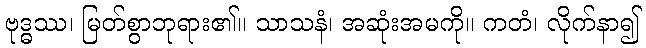
ဗုဒ္ဓဿ၊ မြတ်စွာဘုရား၏။ သာသနံ၊ အဆုံးအမကို။ ကတံ၊ လိုက်နာ၍